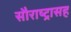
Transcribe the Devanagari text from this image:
सौराष्ट्रासह